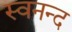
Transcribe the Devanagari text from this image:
स्वनन्द